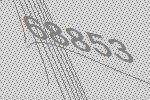
68853